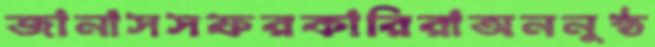
জানাসসফরকারিরাঅননুষ্ঠ